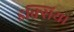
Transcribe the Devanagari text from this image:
इक्सिया